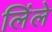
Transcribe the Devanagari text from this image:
लिंले